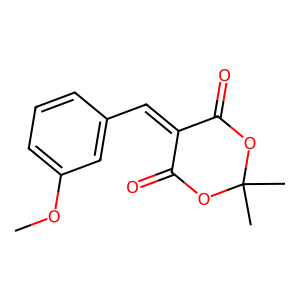
SMILES: COc1cccc(C=C2C(=O)OC(C)(C)OC2=O)c1
Inhibits HIV replication: No